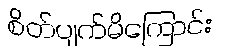
စိတ်ပျက်မိကြောင်း